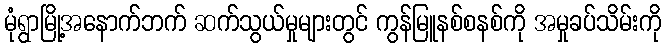
မုံရွာမြို့အနောက်ဘက် ဆက်သွယ်မှုများတွင် ကွန်မြူနစ်စနစ်ကို အမှုခပ်သိမ်းကို